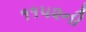
૧૧૫૨ની